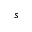
s